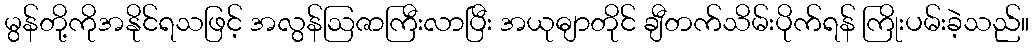
မွန်တို့ကိုအနိုင်ရသဖြင့် အလွန်ဩဇာကြီးလာပြီး အယုဓျာတိုင် ချီတက်သိမ်းပိုက်ရန် ကြိုးပမ်းခဲ့သည်။